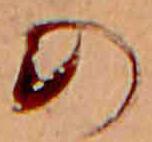
の